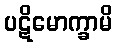
ပဋိမောက္ခာမိ